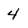
Character: 4